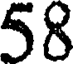
58